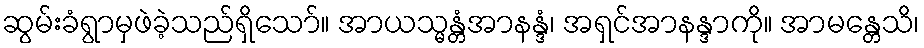
ဆွမ်းခံရွာမှဖဲခဲ့သည်ရှိသော်။ အာယသ္မန္တံအာနန္ဒံ၊ အရှင်အာနန္ဒာကို။ အာမန္တေသိ၊